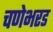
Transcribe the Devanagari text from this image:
चणेभरड